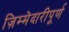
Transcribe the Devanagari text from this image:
ज़िम्मेदारीपूर्ण